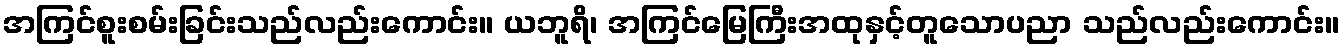
အကြင်စူးစမ်းခြင်းသည်လည်းကောင်း။ ယဘူရိ၊ အကြင်မြေကြီးအထုနှင့်တူသောပညာ သည်လည်းကောင်း။